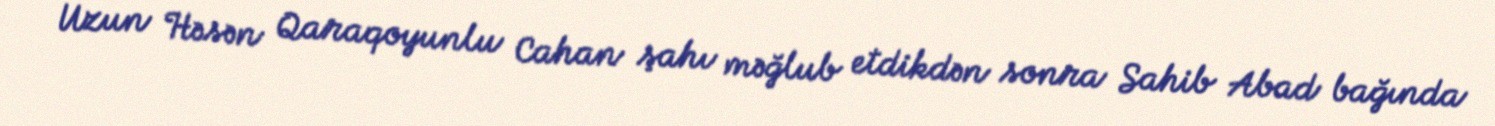
Uzun Həsən Qaraqoyunlu Cahan şahı məğlub etdikdən sonra Sahib Abad bağında